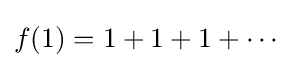
f(1)=1+1+1+\cdots